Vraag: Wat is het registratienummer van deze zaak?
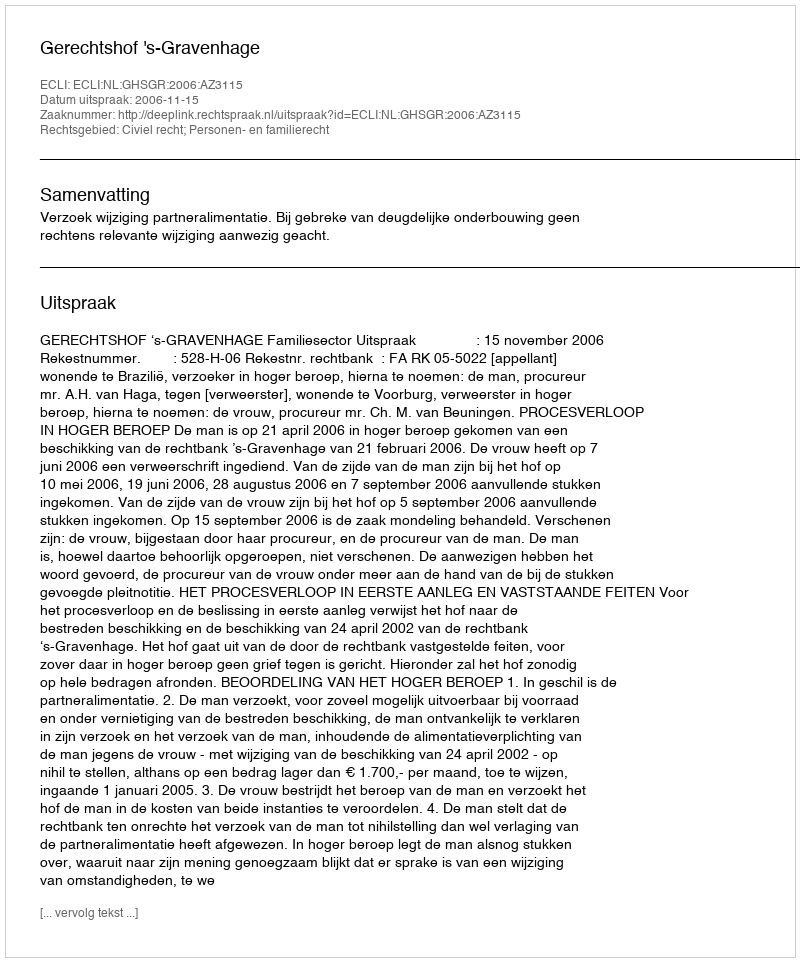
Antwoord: http://deeplink.rechtspraak.nl/uitspraak?id=ECLI:NL:GHSGR:2006:AZ3115